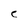
Character: C